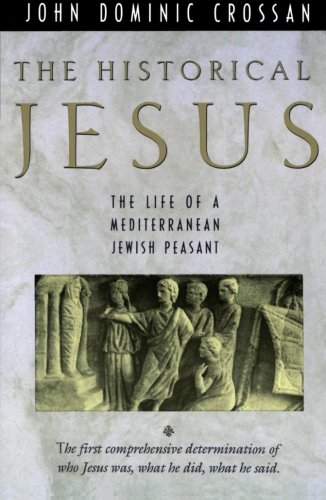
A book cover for The Historical Jesus: The Life of a Mediterranean Jewish Peasant; John Dominic Crossan; Biographies & Memoirs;